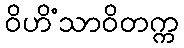
ဝိဟိံသာဝိတက္က